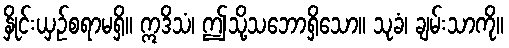
နှိုင်းယှဉ်စရာမရှိ။ ဣဒိသံ၊ ဤသို့သဘောရှိသော။ သုခံ၊ ချမ်းသာကို။